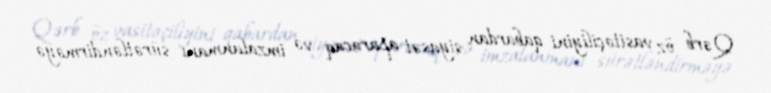
Qərb öz vasitəçiliyini qabardan siyasət aparacaq və imzalanmanı sürətləndirməyə